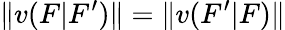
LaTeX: \| v(F|F^{\prime})\| =\| v(F^{\prime}|F)\|